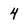
Character: 4